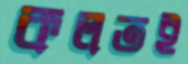
কলতই